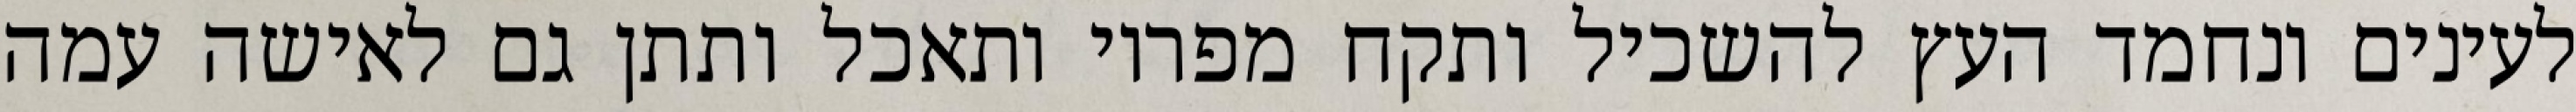
לעינים ונחמד העץ להשכיל ותקח מפריו ותאכל ותתן גם לאישה עמה